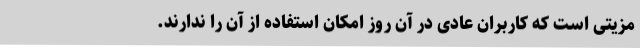
مزیتی است که کاربران عادی در آن روز امکان استفاده از آن را ندارند.